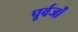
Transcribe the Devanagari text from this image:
पूर्वर्जों